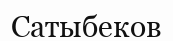
Сатыбеков